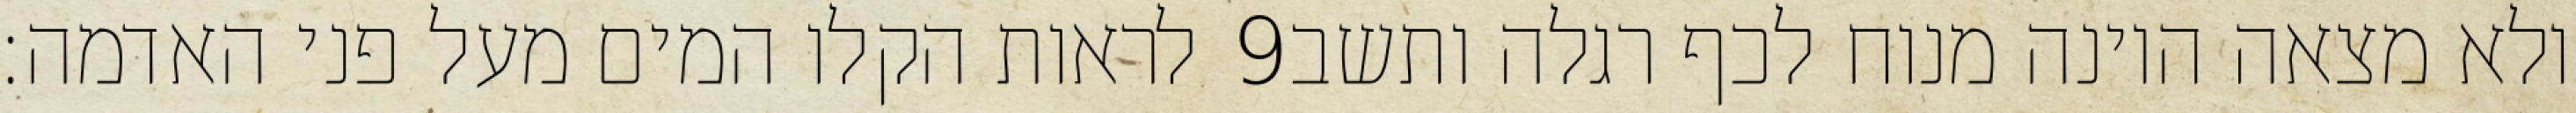
לראות הקלו המים מעל פני האדמה׃ ‎9‏ ולא מצאה היונה מנוח לכף רגלה ותשב